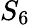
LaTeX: S_{6}